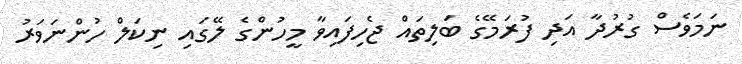
ނަމަވެސް ގުރުދާ އަދި ފުރަމޭގެ ބަލިތައް ޖެހިފައިވާ މީހުންގެ ލޭގައި ނިކަލް ހުންނަވަރު